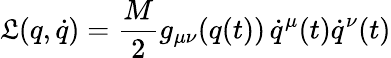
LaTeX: \mathfrak{L}(q,\dot{{q}})=\frac{{M}}{{2}}g_{\mu\nu}(q(t))\, \dot{{q}}^{\mu}(t)\dot{{q}}^{\nu}(t)